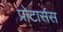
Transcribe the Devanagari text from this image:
प्रोटार्सस